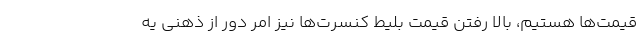
قیمت‌ها هستیم، بالا رفتن قیمت بلیط کنسرت‌ها نیز امر دور از ذهنی یه